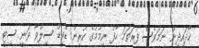
ހޯދައިދިން ނަމަވެސް ފުރަތަމަ ހާފު ނިމުމުގެ ކުރިން ޑޭވިޑް ސިލްވާ ވަނީ ސިޓީ